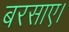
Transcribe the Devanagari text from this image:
बरसाए।